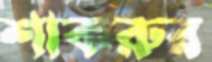
শাকরুর